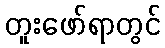
တူးဖော်ရာတွင်